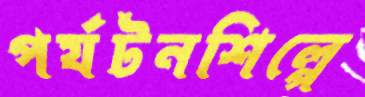
পর্যটনশিল্পে